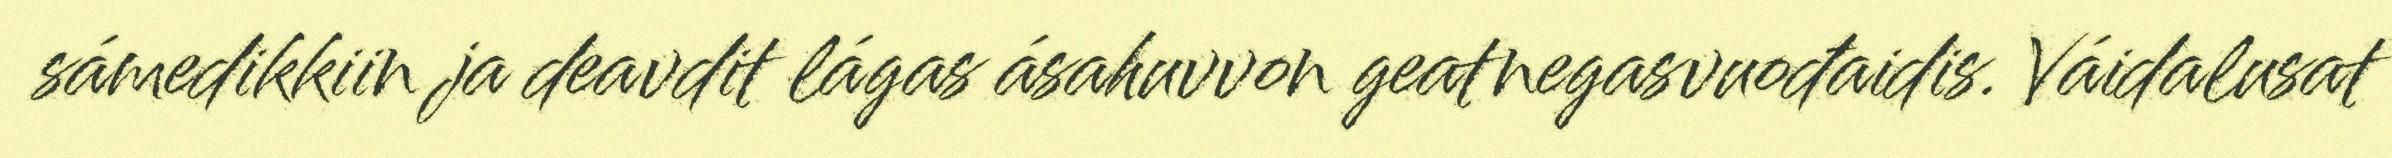
sámedikkiin ja deavdit lágas ásahuvvon geatnegasvuođaidis. Váidalusat